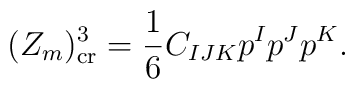
(Z_m ) ^3 _{{\rm cr}} = {\frac{1}{6}}C_{IJK} p^I p^J p^K.